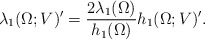
\begin{align*} \lambda_1(\Omega;V)' = \frac{2\lambda_1(\Omega)}{h_1(\Omega)} h_1(\Omega;V)'. \end{align*}